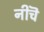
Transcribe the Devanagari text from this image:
नीचॆ